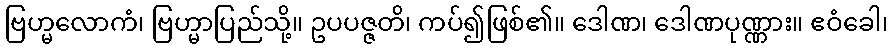
ဗြဟ္မလောကံ၊ ဗြဟ္မာပြည်သို့။ ဥပပဇ္ဇတိ၊ ကပ်၍ဖြစ်၏။ ဒေါဏ၊ ဒေါဏပုဏ္ဏား။ ဧဝံခေါ၊